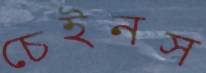
চেইনস